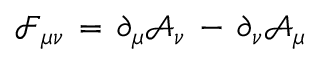
\mathcal { F } _ { \mu \nu } \, = \, \partial _ { \mu } \mathcal { A } _ { \nu } \, - \, \partial _ { \nu } \mathcal { A } _ { \mu }